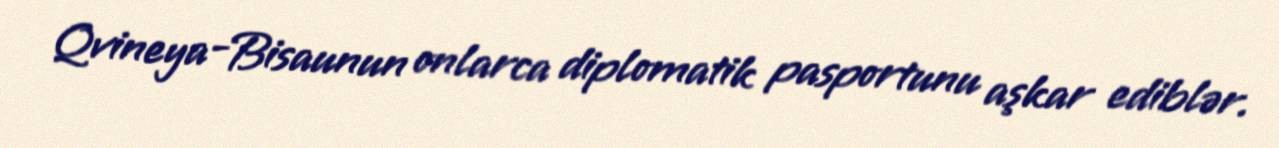
Qvineya-Bisaunun onlarca diplomatik pasportunu aşkar ediblər.